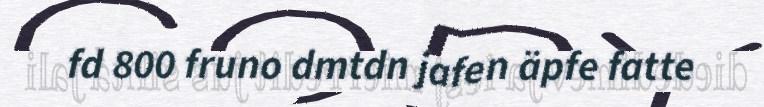
fd 800 fruno dmtdn jafen äpfe fatte